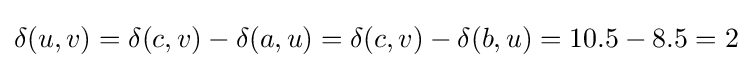
\delta (u,v)=\delta (c,v)-\delta (a,u)=\delta (c,v)-\delta (b,u)=10.5-8.5=2